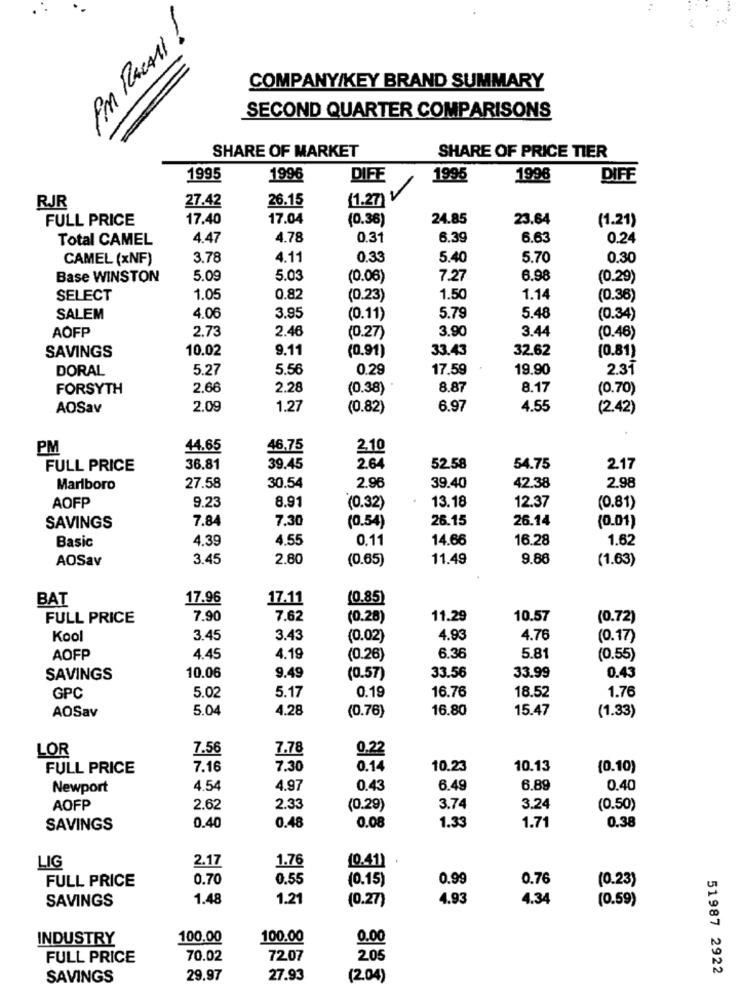
COMPANY/KEY BRAND SUMMARY
SECOND QUARTER COMPARISONS
SHARE OF MARKET
SHARE OF PRICE TIER
1995
1996
DIFE
1995
1996
DIFF
27.42
26.15
(1.27) V
RJR
FULL PRICE
17.40
17.04
(0.36)
24.85
23.64
(1.21)
Total CAMEL
4.47
4.78
0.31
6.39
6.63
0.24
CAMEL (xNF)
3.78
4.11
0.33
5.40
5.70
0.30
Base WINSTON
5.09
5.03
(0.06)
7.27
6.98
(0.29)
SELECT
1.05
0.82
(0.23)
1.50
1.14
(0.36)
SALEM
4.06
3.95
(0.11)
5.79
5.48
(0.34)
AOFP
2.73
2.46
3.90
3.44
(0.27)
(0.48)
10.02
9.11
(0,91)
33.43
32.62
SAVINGS
(0.81)
DORAL
5.27
5.56
0.29
17.59
19.90
2.31
FORSYTH
2.66
2.28
(0.38)
8.87
8.17
(0.70)
AOSav
2.09
1.27
(0.82)
6.97
4.55
(2.42)
PM
44.65
46,75
2,10
FULL PRICE
36,81
39.45
2.64
52.58
54.75
2.17
Marlboro
27.58
30.54
2.96
39.40
42.38
2.98
8.91
13.18
AOFP
9.23
(0.32)
12.37
(0.81)
7.84
7.30
26.15
26.14
SAVINGS
(0.54)
(0.01)
Basic
4.39
4.55
0.11
14.66
16.28
1.62
AOSav
3.45
2.80
(0.65)
11.49
9.86
(1.63)
BAT
17.96
17.11
(0.85)
FULL PRICE
7.90
7.62
(0.28)
11.29
10.57
(0.72)
Kool
3.45
3.43
(0.02)
4.93
4.76
(0.17)
AOFP
4.45
4.19
(0.26)
6.36
5.81
(0.55)
33.56
SAVINGS
10.06
9.49
(0.57)
33.99
0.43
16.76
GPC
5.02
5.17
0.19
18.52
1.76
AOSav
5.04
4.28
(0.76)
16.80
15.47
(1.33)
LOR
7.56
7.78
0.22
FULL PRICE
7.16
7.30
0.14
10.23
10.13
(0.10)
Newport
4.54
4.97
0.43
6.49
6.89
0.40
AOFP
2.62
2.33
(0.29)
3.74
3.24
(0.50)
0.48
1.33
SAVINGS
0.40
0.08
1.71
0.38
2.17
1.76
(0.41)
LIG
FULL PRICE
0.70
0.55
(0.15)
0.99
0.76
(0.23)
SAVINGS
1.48
1.21
(0.27)
4.93
4.34
(0.59)
INDUSTRY
100.00
100.00
0.00
FULL PRICE
70.02
72.07
205
51987 2922
SAVINGS
29.97
27.93
(2.04)